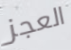
العجز